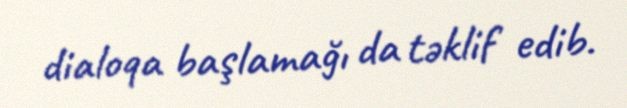
dialoqa başlamağı da təklif edib.